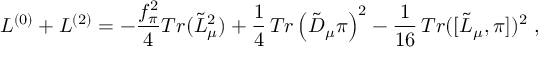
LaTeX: { \cal L } ^ { ( 0 ) } + { \cal L } ^ { ( 2 ) } = - \frac { f _ { \pi } ^ { 2 } } { 4 } T r ( { \tilde { L } } _ { \mu } ^ { 2 } ) + \frac 1 4 \, T r \left( { \tilde { D } } _ { \mu } \pi \right) ^ { 2 } - \frac { 1 } { 1 6 } \, T r ( [ { \tilde { L } } _ { \mu } , \pi ] ) ^ { 2 } \ ,